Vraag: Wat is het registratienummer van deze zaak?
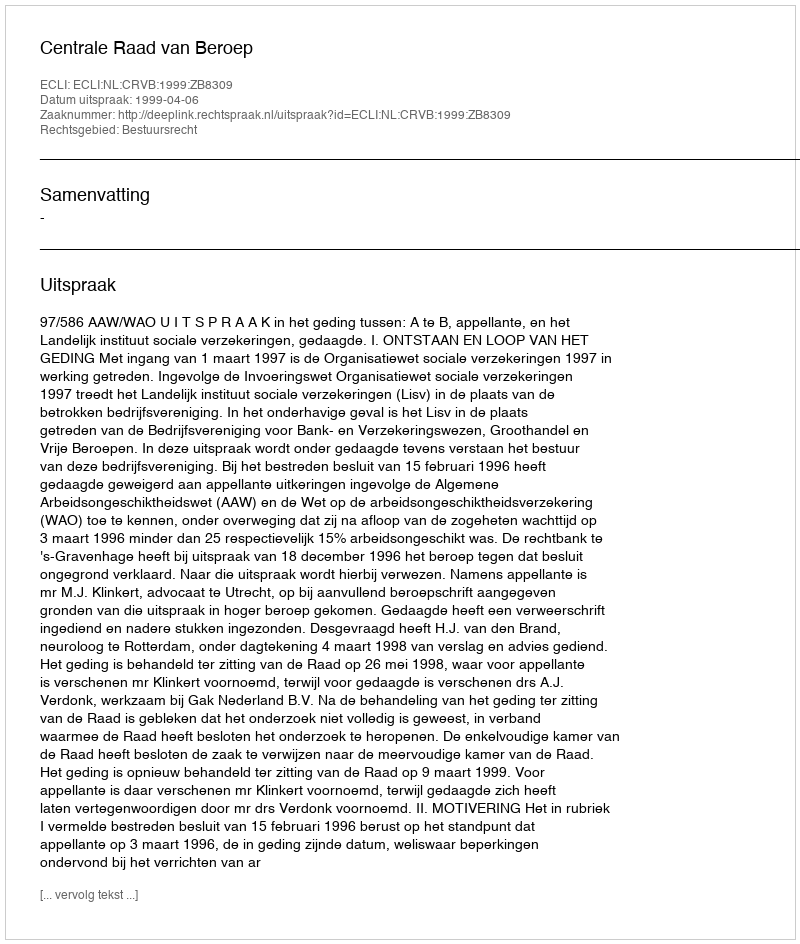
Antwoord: http://deeplink.rechtspraak.nl/uitspraak?id=ECLI:NL:CRVB:1999:ZB8309